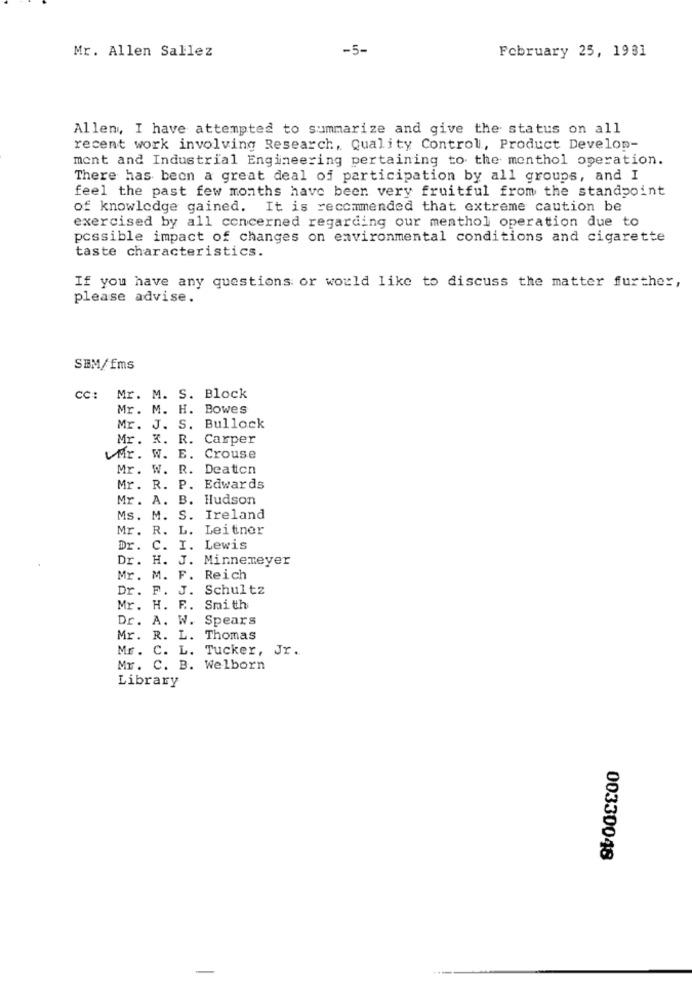
Mr. Allen Sallez
-5-
February 25, 1981
Allen, I have attempted to summarize and give the status on all
recent work involving Research, Quality Control, Product Develop-
ment and Industrial Engineering pertaining to the menthol operation.
There has been a great deal of participation by all groups, and I
feel the past few months have been very fruitful from the standpoint
of knowledge gained. It is recommended that extreme caution be
exercised by all concerned regarding our menthol operation due to
possible impact of changes on environmental conditions and cigarette
taste characteristics.
If you have any questions or would like to discuss the matter further,
please advise.
SEM/Ems
CC: Mr. M. S. Block
Mr. M. H. Bowes
Mr. J. S. Bullock
Mr. K. R. Carper
WMr. W. E. Crouse
Mr. W. R. Deation
Mr. R. P. Edwards
Mr .
A. B. Hudson
Ms.
M. S. Ireland
Mr.
R. L. Leitner
Dr.
.I. Lewis
Dr. H. J. Minnemeyer
Mr. M. F. Reich
Dr. F. J. Schultz
Mr. H. R. Smith
Dr. A. W. Spears
Mr. R. L. Thomas
Mr. C. L. Tucker, Jr.
Mr. C. B. Welborn
Library
00330048